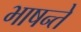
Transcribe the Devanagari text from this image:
भाषन्ते